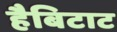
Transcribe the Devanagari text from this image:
हैबिटाट